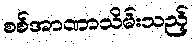
စစ်အာဏာသိမ်းသည့်